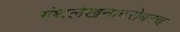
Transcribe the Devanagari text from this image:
गंथलेखनाबरोबरच